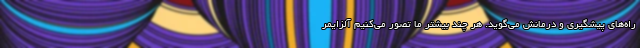
راه‌های پیشگیری و درمانش می‌گوید. هر چند بیشتر ما تصور می‌کنیم آلزایمر